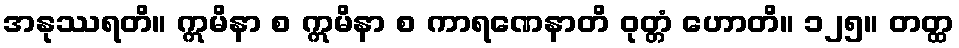
အနုဿရတိ။ ဣမိနာ စ ဣမိနာ စ ကာရဏေနာတိ ဝုတ္တံ ဟောတိ။ ၁၂၅။ တတ္ထ